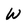
Character: W